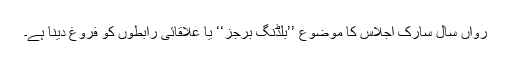
رواں سال سارک اجلاس کا موضوع ’’بلڈنگ برجز‘‘ یا علاقائی رابطوں کو فروغ دینا ہے۔